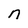
Character: n